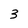
Character: 3